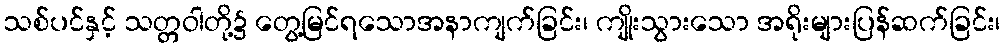
သစ်ပင်နှင့် သတ္တဝါတို့၌ တွေ့မြင်ရသောအနာကျက်ခြင်း၊ ကျိုးသွားသော အရိုးများပြန်ဆက်ခြင်း၊